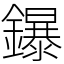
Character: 鑤